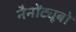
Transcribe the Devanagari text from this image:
नैनोंट्यूबों